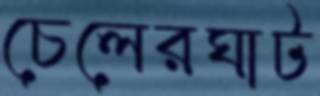
চেলেরঘাট